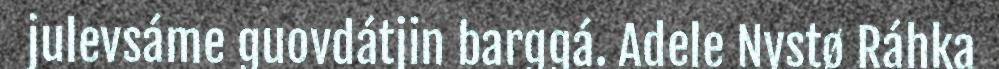
julevsáme guovdátjin barggá. Adele Nystø Ráhka